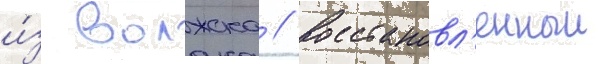
и́з волжска // Восстановл'енныи